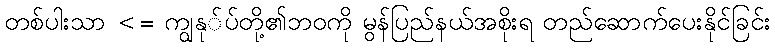
တစ်ပါးသာ <= ကျွနု်ပ်တို့၏ဘဝကို မွန်ပြည်နယ်အစိုးရ တည်ဆောက်ပေးနိုင်ခြင်း